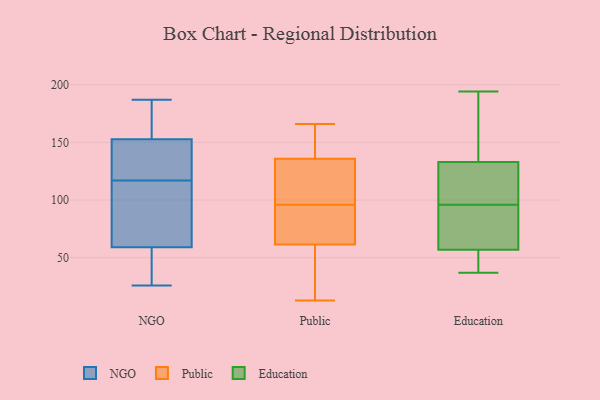
{"axis": {"x": "Inventory Turnover", "y": "Value"}, "legend": ["Education", "NGO", "Public"], "data": [{"x": "", "y": 187, "type": "NGO"}, {"x": "", "y": 29, "type": "NGO"}, {"x": "", "y": 32, "type": "NGO"}, {"x": "", "y": 117, "type": "NGO"}, {"x": "", "y": 101, "type": "NGO"}, {"x": "", "y": 100, "type": "NGO"}, {"x": "", "y": 146, "type": "NGO"}, {"x": "", "y": 173, "type": "NGO"}, {"x": "", "y": 26, "type": "NGO"}, {"x": "", "y": 137, "type": "NGO"}, {"x": "", "y": 129, "type": "NGO"}, {"x": "", "y": 173, "type": "NGO"}, {"x": "", "y": 68, "type": "NGO"}, {"x": "", "y": 43, "type": "Public"}, {"x": "", "y": 135, "type": "Public"}, {"x": "", "y": 135, "type": "Public"}, {"x": "", "y": 137, "type": "Public"}, {"x": "", "y": 35, "type": "Public"}, {"x": "", "y": 67, "type": "Public"}, {"x": "", "y": 149, "type": "Public"}, {"x": "", "y": 96, "type": "Public"}, {"x": "", "y": 136, "type": "Public"}, {"x": "", "y": 94, "type": "Public"}, {"x": "", "y": 57, "type": "Public"}, {"x": "", "y": 66, "type": "Public"}, {"x": "", "y": 166, "type": "Public"}, {"x": "", "y": 60, "type": "Public"}, {"x": "", "y": 66, "type": "Public"}, {"x": "", "y": 112, "type": "Public"}, {"x": "", "y": 148, "type": "Public"}, {"x": "", "y": 13, "type": "Public"}, {"x": "", "y": 116, "type": "Public"}, {"x": "", "y": 127, "type": "Education"}, {"x": "", "y": 42, "type": "Education"}, {"x": "", "y": 191, "type": "Education"}, {"x": "", "y": 37, "type": "Education"}, {"x": "", "y": 104, "type": "Education"}, {"x": "", "y": 45, "type": "Education"}, {"x": "", "y": 140, "type": "Education"}, {"x": "", "y": 107, "type": "Education"}, {"x": "", "y": 88, "type": "Education"}, {"x": "", "y": 194, "type": "Education"}, {"x": "", "y": 139, "type": "Education"}, {"x": "", "y": 88, "type": "Education"}, {"x": "", "y": 57, "type": "Education"}, {"x": "", "y": 106, "type": "Education"}, {"x": "", "y": 61, "type": "Education"}, {"x": "", "y": 57, "type": "Education"}]}